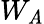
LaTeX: W_{\mathit{A}}